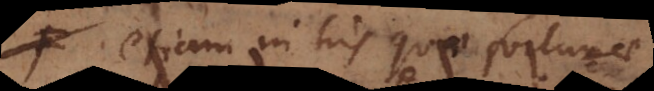
etiam in his quae fortunae